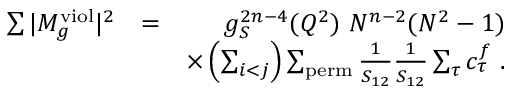
\begin{array} { r l r } { \sum \vert M _ { g } ^ { \mathrm { v i o l } } \vert ^ { 2 } } & { = } & { g _ { S } ^ { 2 n - 4 } ( Q ^ { 2 } ) ~ N ^ { n - 2 } ( N ^ { 2 } - 1 ) } \\ & { } & { \times \left( \sum _ { i < j } \right) \sum _ { \mathrm { p e r m } } \frac { 1 } { S _ { 1 2 } } \frac { 1 } { S _ { 1 2 } } \sum _ { \tau } c _ { \tau } ^ { f } ~ . } \end{array}